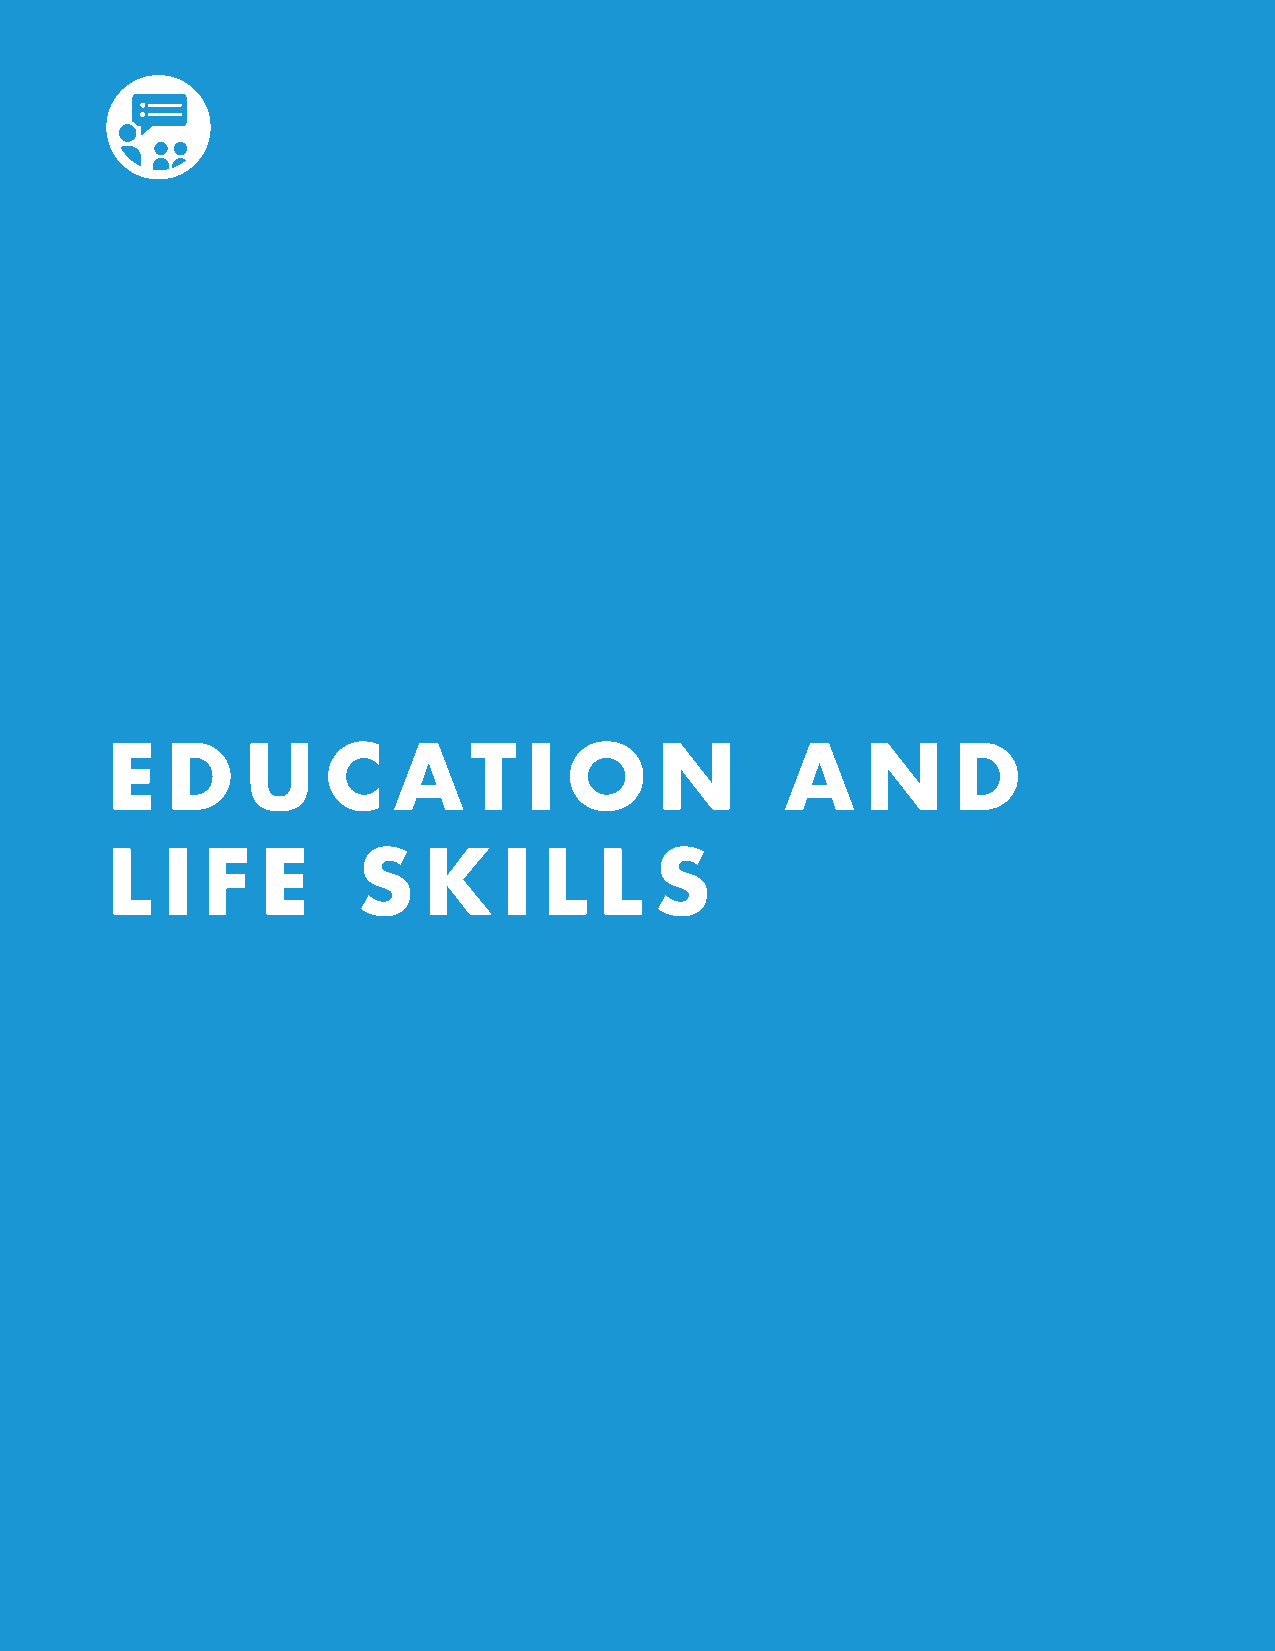
E   D    U    C    AT       I O     N        A    N     D
 L   I F   E      S   K    I  L   L  S